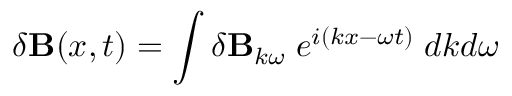
\delta { \bf B } ( x , t ) = \int \delta { \bf B } _ { k \omega } \; e ^ { i ( k x - \omega t ) } \; d k d \omega